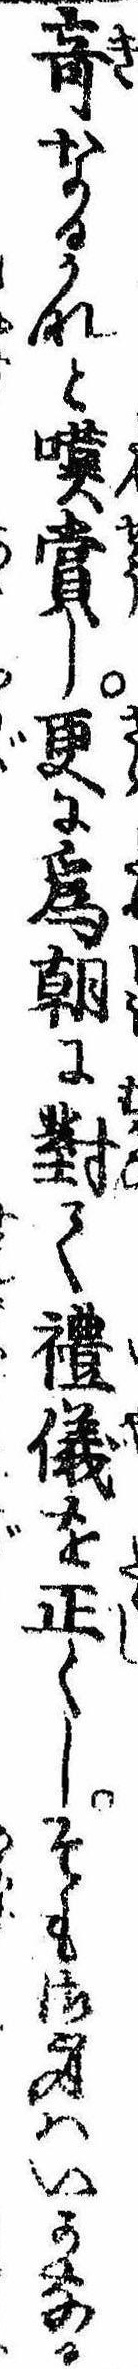
奇なるかなと嘆賞し更に為朝に対て礼儀を正くしそも御身はいかなる